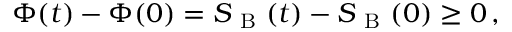
\begin{array} { r } { \Phi ( t ) - \Phi ( 0 ) = S _ { \mathrm { ~ B ~ } } ( t ) - S _ { \mathrm { ~ B ~ } } ( 0 ) \geq 0 \, , } \end{array}